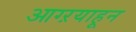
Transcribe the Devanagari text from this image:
आग्ऱयाहून